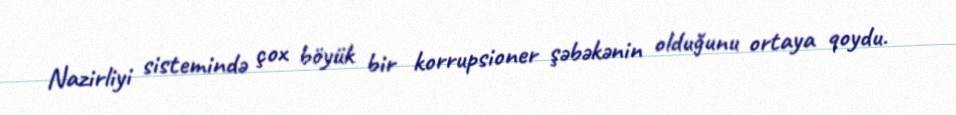
Nazirliyi sistemində çox böyük bir korrupsioner şəbəkənin olduğunu ortaya qoydu.